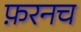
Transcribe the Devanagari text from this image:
फ़रनच